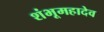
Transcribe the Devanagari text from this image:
शंभूमहादेव